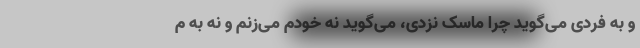
و به فردی می‌گوید چرا ماسک نزدی، می‌گوید نه خودم می‌زنم و نه به م